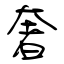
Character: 奢